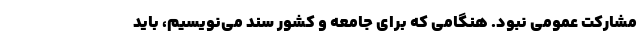
مشارکت عمومی نبود. هنگامی که برای جامعه و کشور سند می‌نویسیم، باید